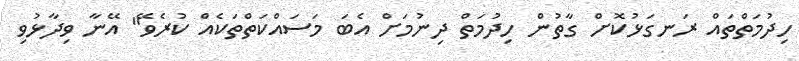
ހިދުމަތްތައް ރަނގަޅުކޮށް ގާތުން ހިދުމަތް ދިނުމަށް އެބަ މަސައްކަތްތަކެއް ކުރެވޭ" އޭނާ ވިދާޅުވި